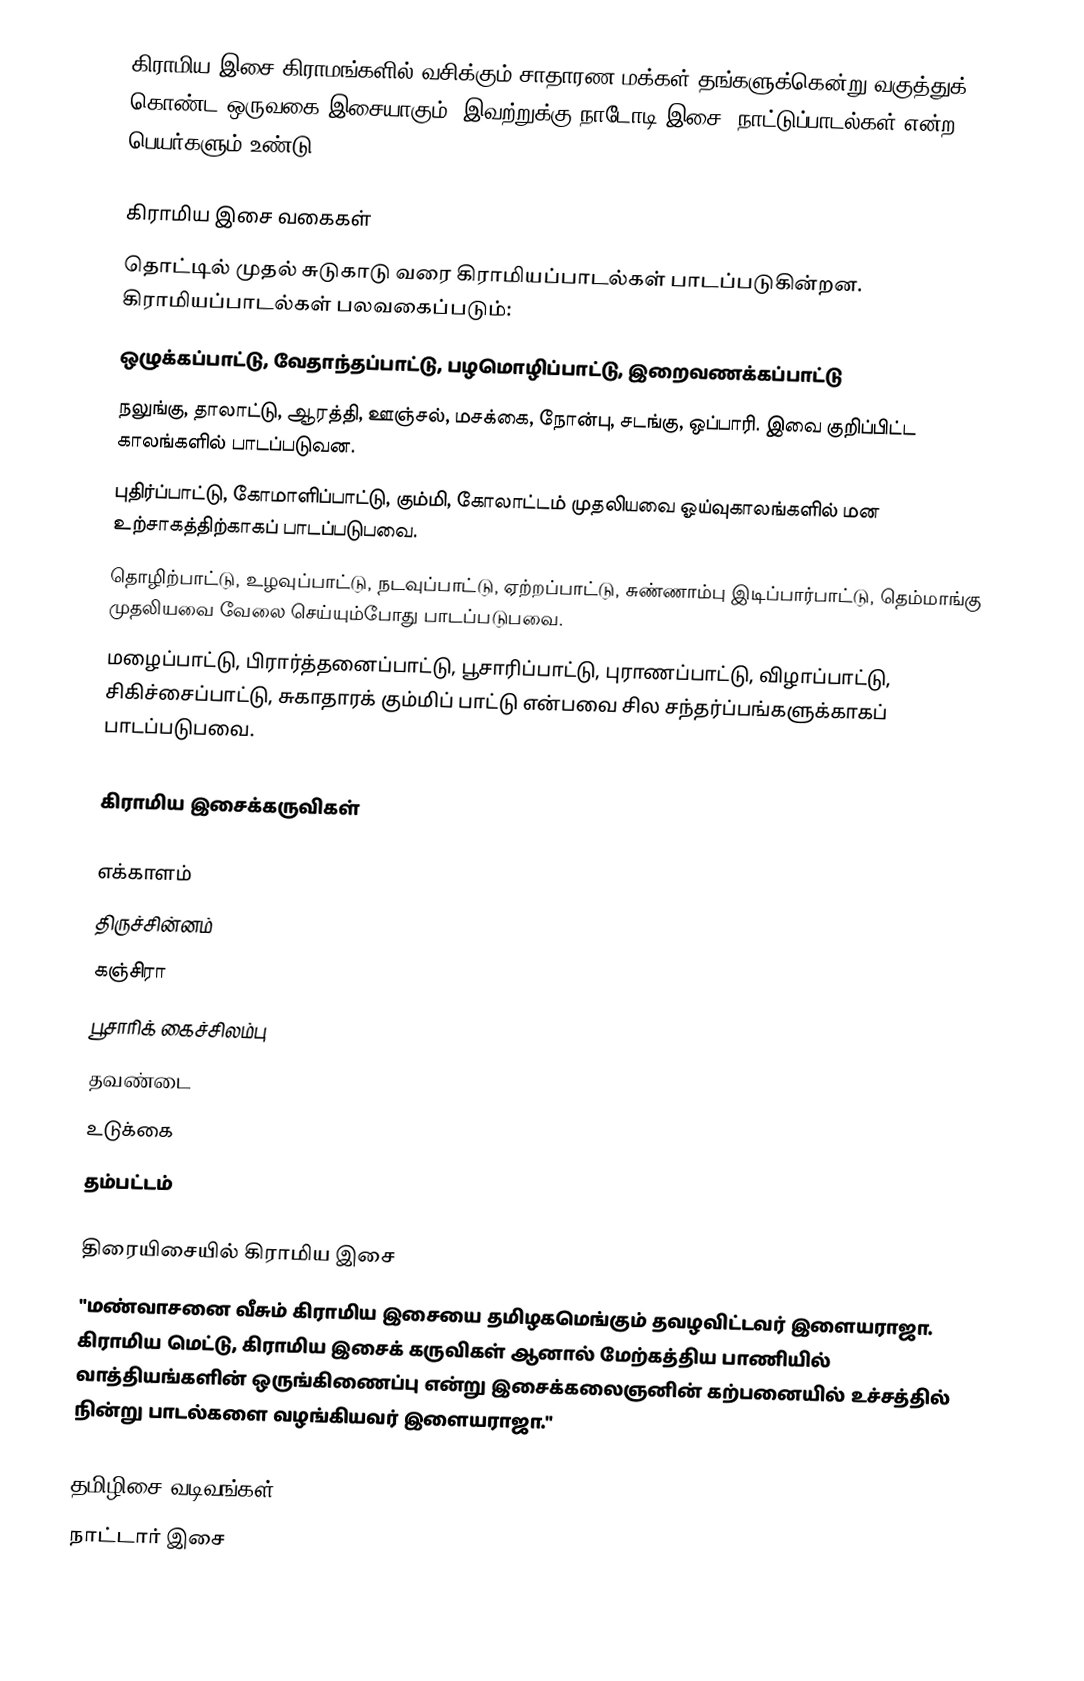
கிராமிய இசை கிராமங்களில் வசிக்கும் சாதாரண மக்கள் தங்களுக்கென்று வகுத்துக் கொண்ட ஒருவகை இசையாகும். இவற்றுக்கு நாடோடி இசை, நாட்டுப்பாடல்கள் என்ற பெயர்களும் உண்டு.

கிராமிய இசை வகைகள்
தொட்டில் முதல் சுடுகாடு வரை கிராமியப்பாடல்கள் பாடப்படுகின்றன. கிராமியப்பாடல்கள் பலவகைப்படும்:
 ஒழுக்கப்பாட்டு, வேதாந்தப்பாட்டு, பழமொழிப்பாட்டு, இறைவணக்கப்பாட்டு
 நலுங்கு, தாலாட்டு, ஆரத்தி, ஊஞ்சல், மசக்கை, நோன்பு, சடங்கு, ஒப்பாரி. இவை குறிப்பிட்ட காலங்களில் பாடப்படுவன.
 புதிர்ப்பாட்டு, கோமாளிப்பாட்டு, கும்மி, கோலாட்டம் முதலியவை ஓய்வுகாலங்களில் மன உற்சாகத்திற்காகப் பாடப்படுபவை.
தொழிற்பாட்டு, உழவுப்பாட்டு, நடவுப்பாட்டு, ஏற்றப்பாட்டு, சுண்ணாம்பு இடிப்பார்பாட்டு, தெம்மாங்கு முதலியவை வேலை செய்யும்போது பாடப்படுபவை.
 மழைப்பாட்டு, பிரார்த்தனைப்பாட்டு, பூசாரிப்பாட்டு, புராணப்பாட்டு, விழாப்பாட்டு, சிகிச்சைப்பாட்டு, சுகாதாரக் கும்மிப் பாட்டு என்பவை சில சந்தர்ப்பங்களுக்காகப் பாடப்படுபவை.

கிராமிய இசைக்கருவிகள்

 எக்காளம்
 திருச்சின்னம்
 கஞ்சிரா
 பூசாரிக் கைச்சிலம்பு
 தவண்டை
 உடுக்கை
 தம்பட்டம்

திரையிசையில் கிராமிய இசை
"மண்வாசனை வீசும் கிராமிய இசையை தமிழகமெங்கும் தவழவிட்டவர் இளையராஜா.  கிராமிய மெட்டு, கிராமிய இசைக் கருவிகள் ஆனால் மேற்கத்திய பாணியில் வாத்தியங்களின் ஒருங்கிணைப்பு என்று இசைக்கலைஞனின் கற்பனையில் உச்சத்தில் நின்று பாடல்களை வழங்கியவர் இளையராஜா."

தமிழிசை வடிவங்கள்
நாட்டார் இசை